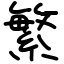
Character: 繁